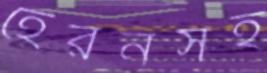
হেরনসহ